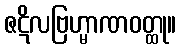
ဇဋိလဗြဟ္မာဏဝတ္ထု။